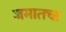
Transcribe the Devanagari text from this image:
जमातचा